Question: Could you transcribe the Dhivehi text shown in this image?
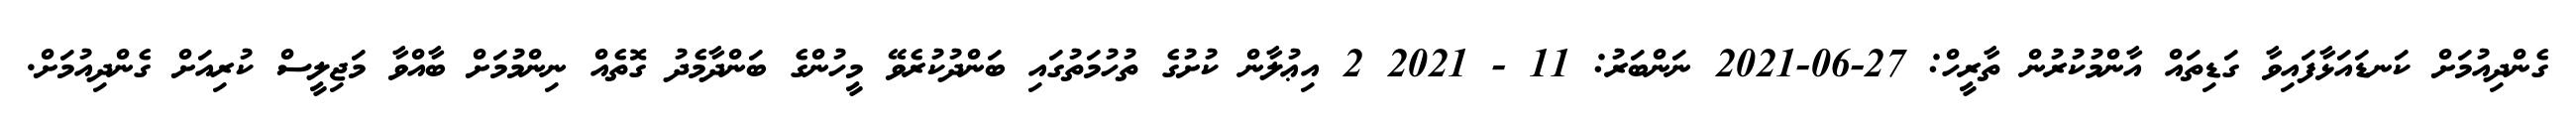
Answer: ގެންދިއުމަށް ކަނޑައަޅާފައިވާ ގަޑިތައް އާންމުކުރުން ތާރީހް: 27-06-2021 ނަންބަރު: 11 - 2021 2 އިޢުލާން ކުށުގެ ތުހުމަތުގައި ބަންދުކުރެވޭ މީހުންގެ ބަންދާމެދު ގޮތެއް ނިންމުމަށް ބާއްވާ މަޖިލީސް ކުރިއަށް ގެންދިއުމަށް.